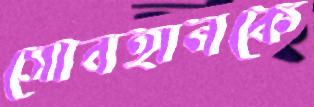
সোবহানকে